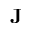
\mathbf { J }